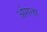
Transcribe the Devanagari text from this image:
अंगता